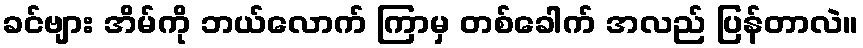
ခင်ဗျား အိမ်ကို ဘယ်လောက် ကြာမှ တစ်ခေါက် အလည် ပြန်တာလဲ။